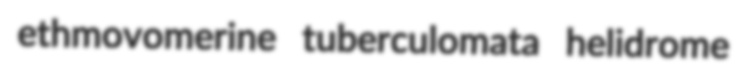
ethmovomerine tuberculomata helidrome